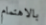
بالاهتمام